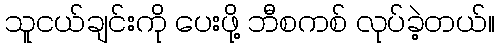
သူငယ်ချင်းကို ပေးဖို့ ဘီစကစ် လုပ်ခဲ့တယ်။